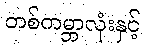
တစ်ကမ္ဘာလုံးနှင့်